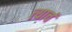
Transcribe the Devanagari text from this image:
त्‍याचं